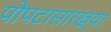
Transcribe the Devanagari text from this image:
पोपटासारख्या